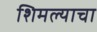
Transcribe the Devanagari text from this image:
शिमल्याचा